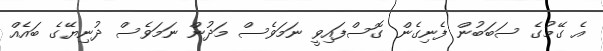
އެ ގޭމުގެ ސަބަބުން ފެނިގެން ގޮސްފައިވީ ނަމަވެސް މަދުން ނަމަވެސް ދުނިޔޭގެ ބައެއް